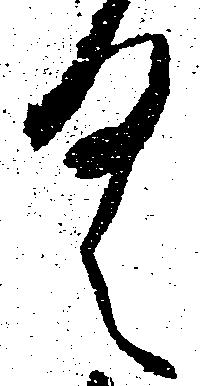
く